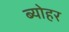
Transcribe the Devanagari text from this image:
ब्योहर